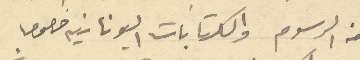
من الرسوم والكتابات اليونانيه خصوصا